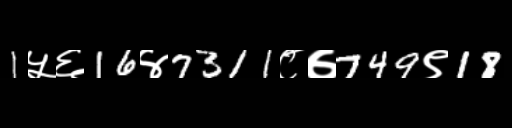
Text: 1५६16४7311८७749९18